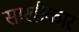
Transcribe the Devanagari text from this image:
साखीकार